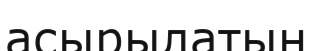
асырылатын